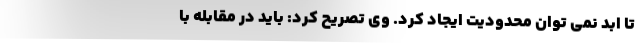
تا ابد نمی توان محدودیت ایجاد کرد. وی تصریح کرد: باید در مقابله با